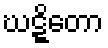
ဃဋ္ဋိတော